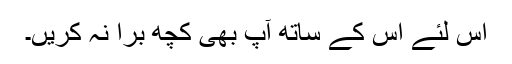
اس لئے اس کے ساتھ آپ بھی کچھ بُرا نہ کریں۔